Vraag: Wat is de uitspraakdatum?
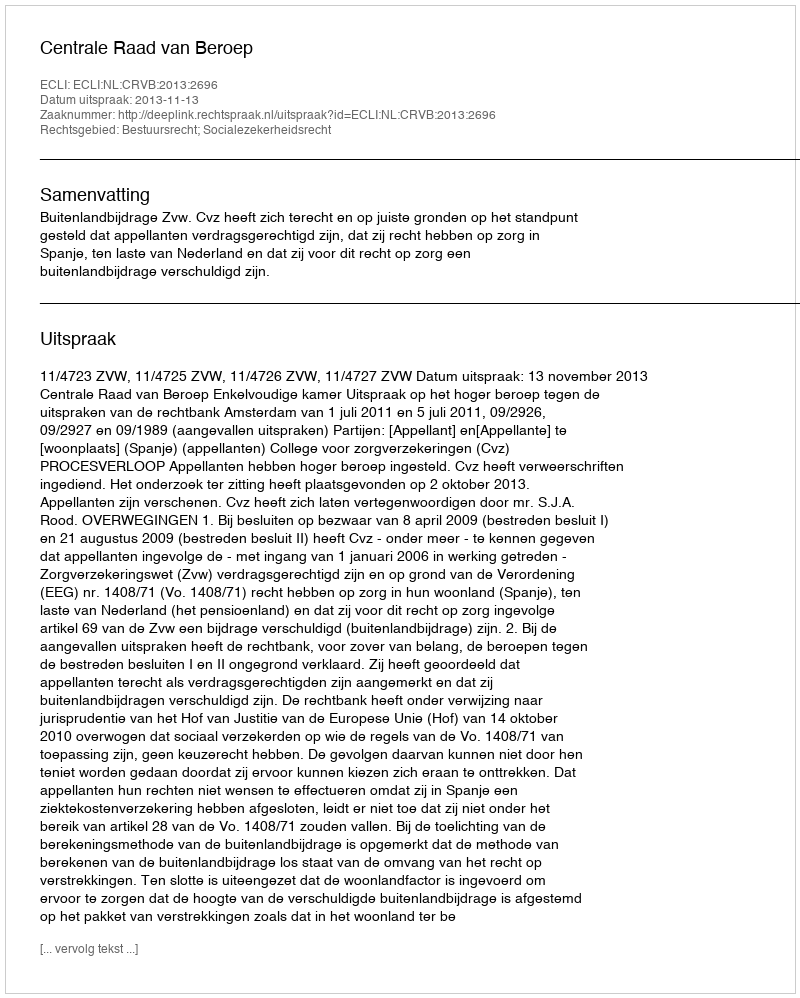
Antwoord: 2013-11-13